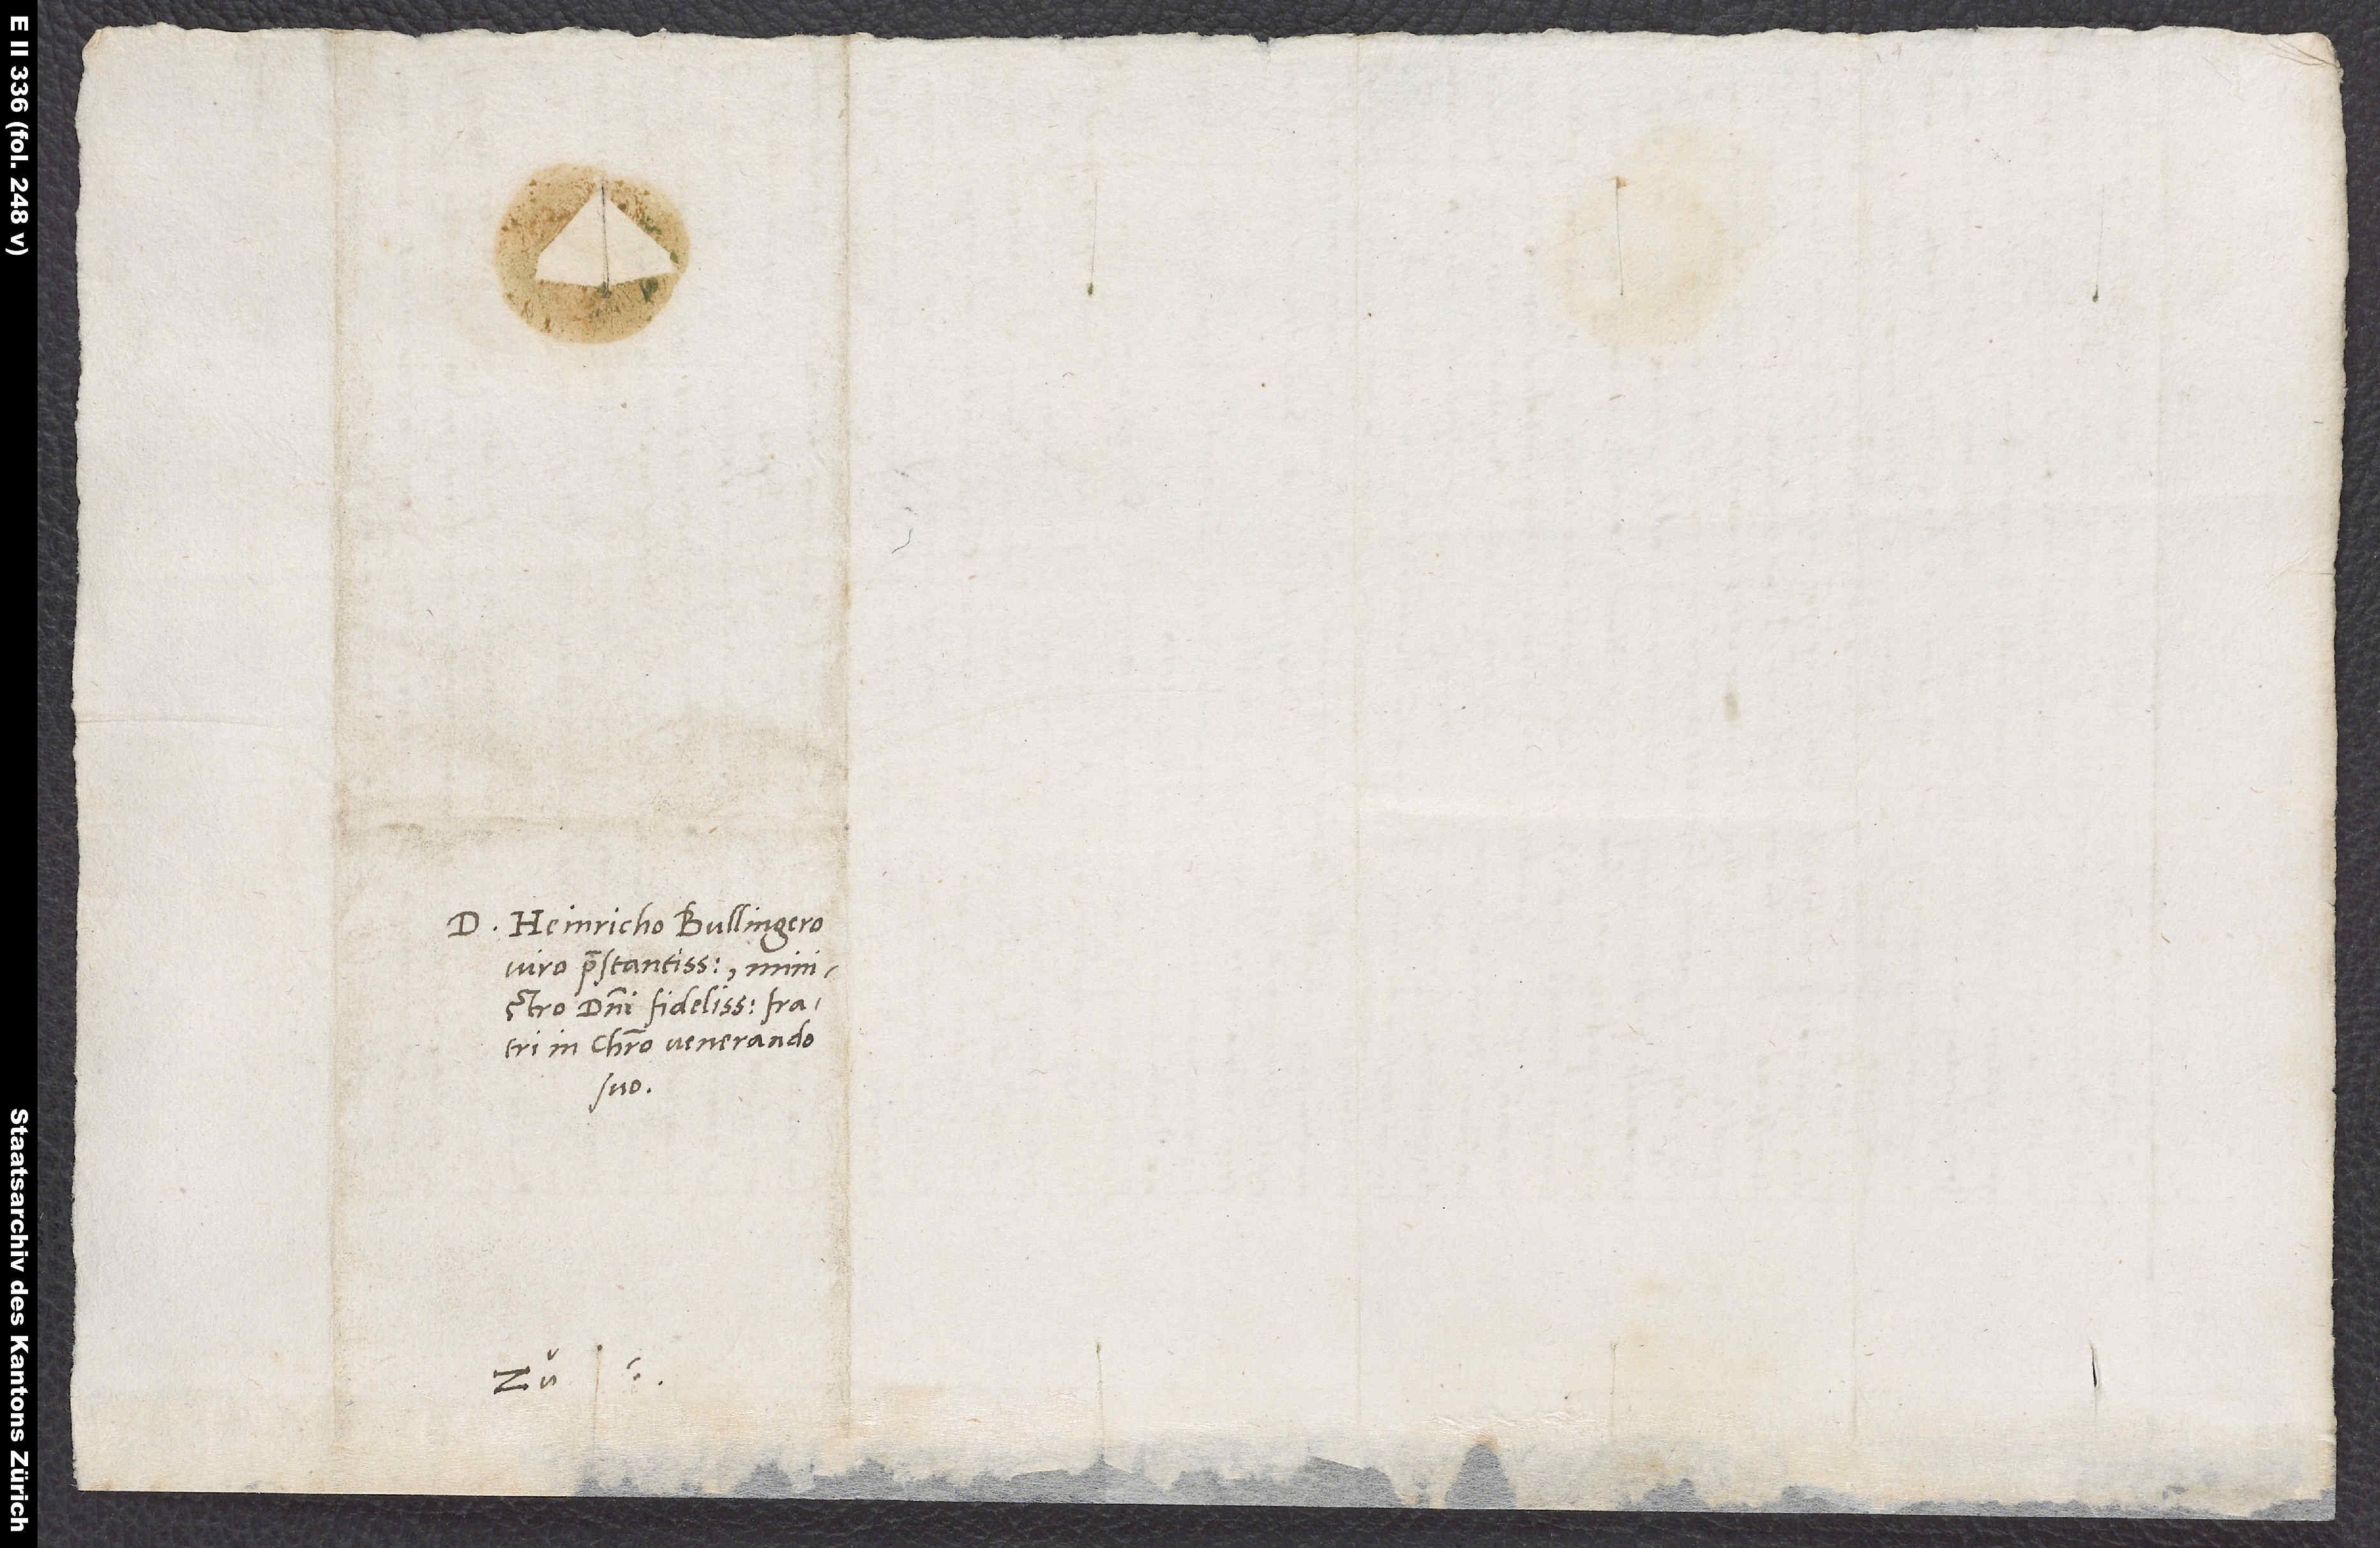
D. Henricho Bullingero,
viro praestantissimo, ministro
domini fidelissimo, fratri
in Christo venerando
suo.
Zu.